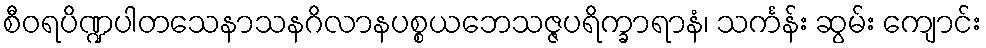
စီဝရပိဏ္ဍပါတသေနာသနဂိလာနပစ္စယဘေသဇ္ဇပရိက္ခာရာနံ၊ သင်္ကန်း ဆွမ်း ကျောင်း